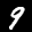
Label: 9